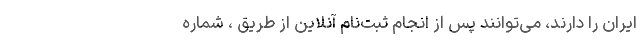
ایران را دارند، می‌توانند پس از انجام ثبت‌نام آنلاین از طریق ، شماره